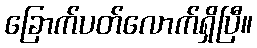
ခြောက်ပတ်လောက်ရှိပြီ။